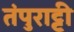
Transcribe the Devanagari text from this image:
तंपुराट्टी